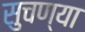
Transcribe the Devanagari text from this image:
सुचण्या